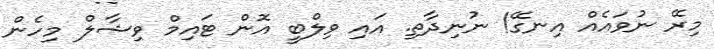
މިރޭ ނުވައެއް އިނގޭ! ނުނިދާތި. އައި ވިލްބީ އޮން ޓައިމް ވިޝާލް މިހެން